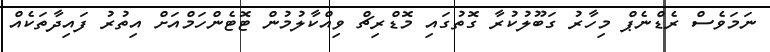
ނަމަވެސް ރެޑްނެޕް މިހާރު ގަބޫލުކުރާ ގޮތުގައި މޮޑްރިޗް ވިއްކާލުމުން ޓޮޓެންހަމްއަށް އިތުރު ފައިދާތަކެއް